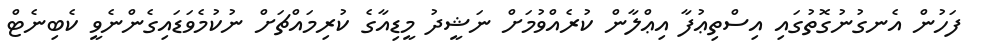
ފަހުން އެނގުނުގޮތުގައި އިސްތިޢުފާ އިޢްލާން ކުރެއްވުމަށް ނަޝީދު މީޑިއާގެ ކުރިމައްޗަށް ނުކުމެވަޑައިގެންނެވީ ކެބިނެޓް